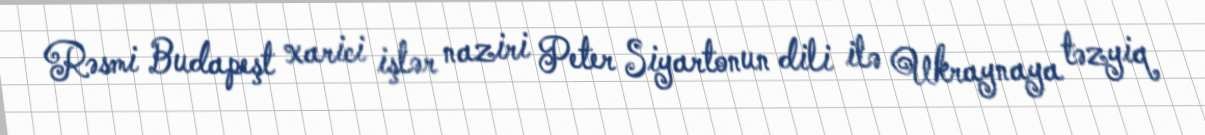
Rəsmi Budapeşt xarici işlər naziri Peter Siyartonun dili ilə Ukraynaya təzyiq